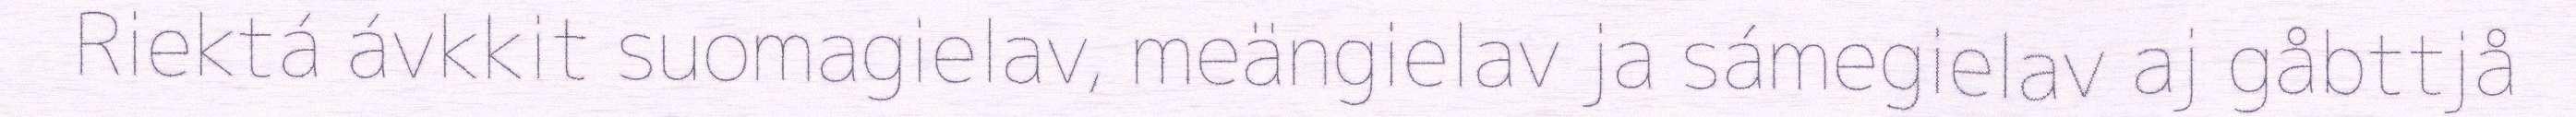
Riektá ávkkit suomagielav, meängielav ja sámegielav aj gåbttjå